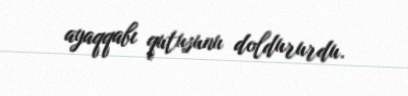
ayaqqabı qutusunu doldururdu.